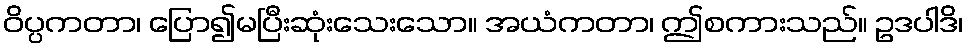
ဝိပ္ပကတာ၊ ပြော၍မပြီးဆုံးသေးသော။ အယံကတာ၊ ဤစကားသည်။ ဥဒပါဒိ၊